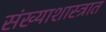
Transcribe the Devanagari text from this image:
संख्याशास्त्रात